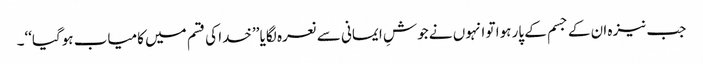
جب نیزہ ان کے جسم کے پار ہوا تو انہوں نے جوشِ ایمانی سے نعرہ لگایا ’’خدا کی قسم میں کامیاب ہوگیا‘‘۔